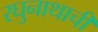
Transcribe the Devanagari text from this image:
रघुनाथाची